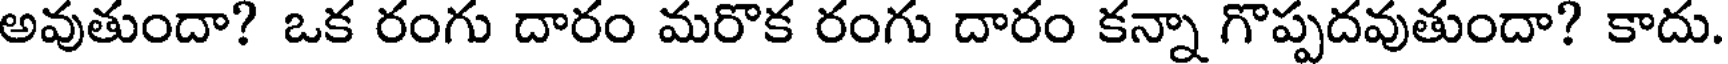
అవుతుందా? ఒక రంగు దారం మరొక రంగు దారం కన్నా గొప్పదవుతుందా? కాదు.